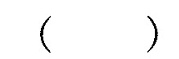
( )